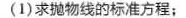
(1)求抛物线的标准方程；